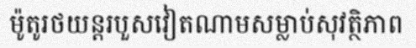
ម៉ូតូរថយន្តរបួសវៀតណាមសម្លាប់សុវត្ថិភាព